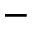
-